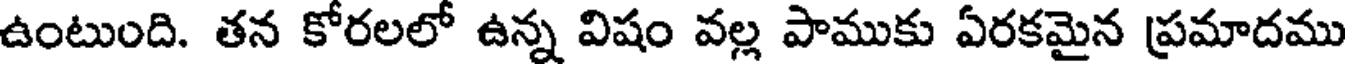
ఉంటుంది. తన కోరలలో ఉన్న విషం వల్ల పాముకు ఏరకమైన ప్రమాదము